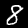
Label: 8